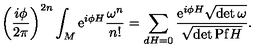
\left( \frac { i \phi } { { 2 \pi } } \right) ^ { 2 n } \int _ { M } \mathrm { e } ^ { i \phi H } \frac { \omega ^ { n } } { n ! } = \sum _ { d H = 0 } \frac { \mathrm { e } ^ { i \phi H } { { \sqrt { \det \omega } } } } { \sqrt { \det \mathrm { P f } H } } .